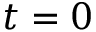
t = 0